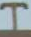
H